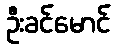
ဦးခင်မောင်